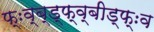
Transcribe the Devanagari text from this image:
फ्ःव्ब्ड्फ्व्बीड्फ्ःव